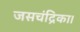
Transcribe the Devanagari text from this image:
जसचंद्रिका।